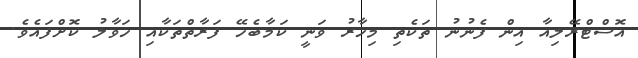
އޮސްޓްރޭލިއާ އިން ފެނުނު ތަކެތި މިހާރު ވަނީ ކަމާބެހޭ ފަރާތްތަކާއި ހަވާލު ކޮށްފައެވެ.